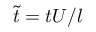
\tilde { t } = t U / l